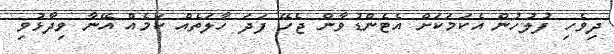
ދިވެހި ފުލުހުން އެކަމަކަށް އެޓެންޑުވާން ޖެހޭ ފަދަ ހާލަތެއް ކަމެއް އޭނާ ވިދާޅުވި